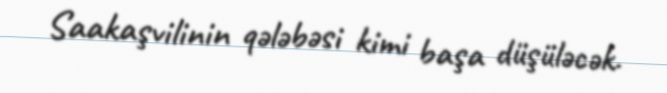
Saakaşvilinin qələbəsi kimi başa düşüləcək.